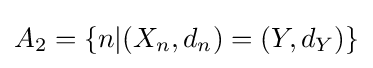
A_{2}=\{n|(X_{n},d_{n})=(Y,d_{Y})\}